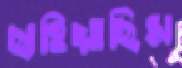
ছাহিয়াছিস